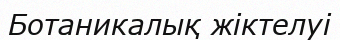
Ботаникалық жіктелуі